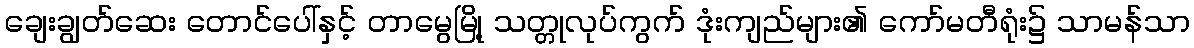
ချေးချွတ်ဆေး တောင်ပေါ်နှင့် တာမွေမြို့ သတ္တုလုပ်ကွက် ဒုံးကျည်များ၏ ကော်မတီရုံး၌ သာမန်သာ